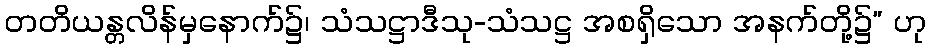
တတိယန္တလိန်မှနောက်၌၊ သံသဋ္ဌာဒီသု-သံသဋ္ဌ အစရှိသော အနက်တို့၌” ဟု